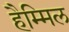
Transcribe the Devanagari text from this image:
हैम्मिल